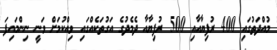
މުއްދަތުގައި 400 ރުފިޔާއާއި 500 ރުފިޔާއާ ދެމެދުގެ އަގުތަކެއްގައި ވިއްކުމަށް ވަނީ ނިންމައިފަ